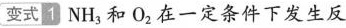
变式1NH_{3}和0_{2}在一定条件下发生反